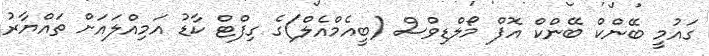
ގައުމީ ބޭންކް ބޭންކް އޮފް މޯލްޑިވްސް (ބީއެމްއެލް)ގެ ގިފްޓް ކާޑު އަމިއްލައަށް ތައްޔާރު